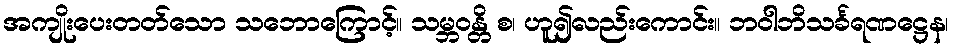
အကျိုးပေးတတ်သော သဘောကြောင့်။ သမ္ဘဝန္တိ စ၊ ဟူ၍လည်းကောင်း။ ဘဝါဘိသင်္ခရဏဋ္ဌေန၊